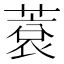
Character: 蔉